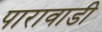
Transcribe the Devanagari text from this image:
पारावाडी